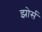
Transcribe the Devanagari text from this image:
झोर्स